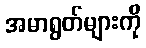
အမာရွတ်များကို